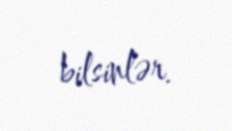
bilsinlər.